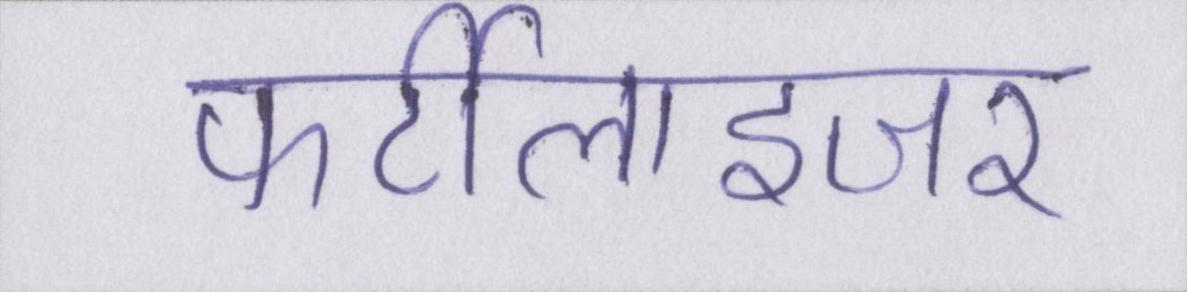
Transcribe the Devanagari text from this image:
फर्टीलाइजर